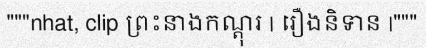
"""nhat, clip ព្រះនាងកណ្តុរ | រឿងនិទាន |"""